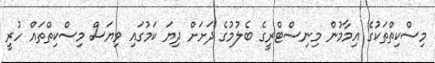
މިސްކިތްތަކުގެ އިމާމުން މިނިސްޓްރީގެ ބެލުމުގެ ދަށަށް ދިޔަ ކަމުގައި ވިޔަސް މިސްކިތްތައް ހުރީ